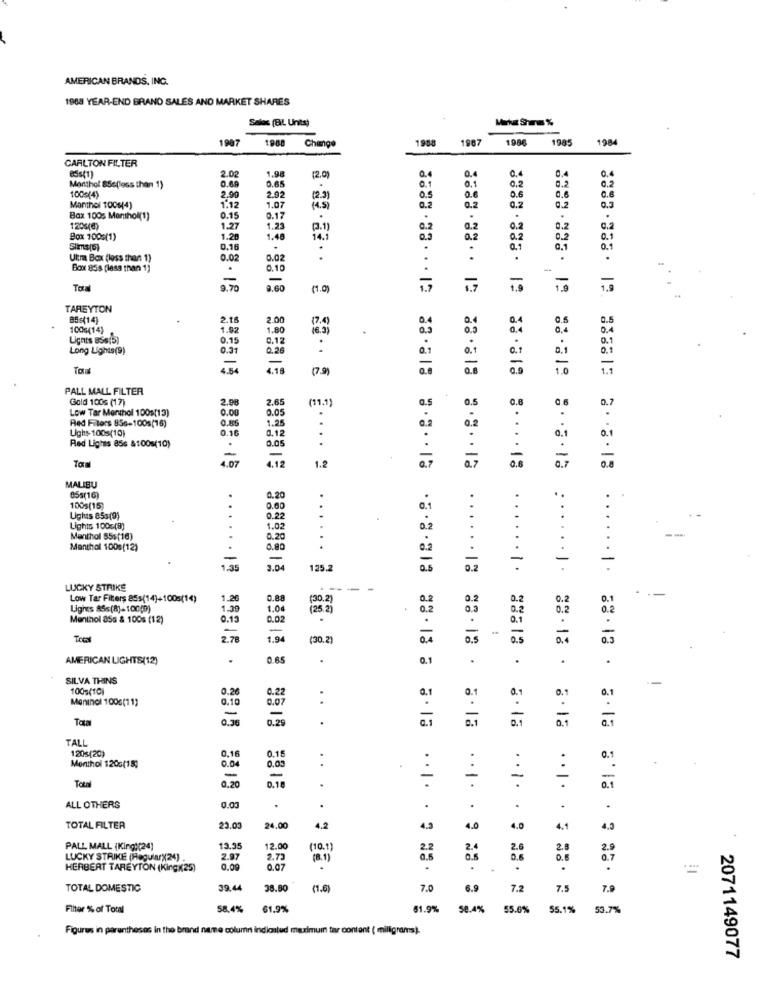
AMERICAN BRANDS, INC.
1963 YEAR-END BRAND SALES AND MARKET SHARES
Salas (BIL Units)
1987
1988
Chimge
1988
1967
1986
1985
1984
CARLTON FILTER
0.4
0.4
0.4
2.02
0.69
1.98
(2.0)
Q
0.1
0.2
0.2
0.2
Menthol 85c(less than 1)
2.92
0.65
0.6
C.8
100s(4)
2.00
(2.3)
0.5
0.2
0.6
0.6
0.5
Manthol 100$(4)
1.12
1.07
(4.5)
0.2
0.2
0.2
Bax 1005 Menthol(1)
0.15
0.17
.
.
.
.
120%(6)
1.27
1.23
(.1)
0.2
0.2
0.2
0.2
Box 100:(1)
1.20
1.4
0.5
0.2
0.2
0.2
0.1
09
Sims(6)
0.16
.
.
0.1
0.1
Ukra Box (less than 1)
0.02
0.02
.
.
Box 85s (less than 1)
.
0.10
.
Total
8.60
(1.0)
12
12
12
1.9
TAREYTON
85s(14)
2.16
2.00
(7.4)
1005(14)
1.92
1.80
0.3
Lights BSs(5)
0.15
0.12
Long Lights(9)
0.31
0.25
Total
(79)
PALL MALL FILTER
Gold 100s (17)
2.98
2.65
(11.1)
0.5
Low Tar Menthol 100s(13)
0.00
0.05
a.S
0.8
Red Fitors 856-100s(16)
1.25
0.2
Ugh$ 100s(10)
0.16
0.12
Red Lights 85s &100s(10)
-
1.07
1.2
Total
MALIBU
055(16)
0.20
..
100s(15)
0.60
..
Lights 85s(9)
0.22
Lights 1005(8)
1.02
--
Menthol 85s(16)
0.20
Menthol 100s(12)
0.80
-
-
1-35
3.04
125.2
0.5
0.2
.. . 12
1.
LUCKY STRIKE
--- -
Low Tar Filters 85s(14)+1005(14)
1.20
0.88
(30.2)
0.2
0.
0.2
Lights 85s(8)-100(0)
1.39
1.04
(25.2)
Menthol 85s & 100s (12)
0.13
0.02
2.78
1.94
(30.2)
AMERICAN LIGHTS(12)
.
0.65
0.1
SILVA THINS
1005(10)
0.26
0.2
Menthol 1000(11)
0.10
0.0
Q.1
-
0.30
0.29
.
TALL
1.20s(20)
0.16
0.1
0.04
0.05
Monthol 120g(18;
-
Total
0.20
0.18
-
.
ALL OTHERS
0.00
.
.
TOTAL FILTER
23.0
24.00
4.2
4.3
4.0
4.0
4.1
4.0
PALL MALL (King:(24)
15.95
12.00
(10.)
2.2
2.4
2.
LUCKY STRIKE (Regularx24) .
2.97
2.73
(B.1)
0.5
0.6
0.6
HERBERT TAREYTON (Kingx(25)
0,09
0.07
.
TOTAL DOMESTIC
39.44
38.8
(1.6)
7.0
6.9
7.2
7.5
7.9
Filter % of Total
58.4%
61,9%
51.9%
58.4%
55.6%
55.1% 53.7%
Figures in parentheses in the brand name column indicted maximum tar content ( milligrams).
2071149077